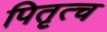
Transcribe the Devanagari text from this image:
पितृत्च